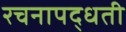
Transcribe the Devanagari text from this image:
रचनापद्धती